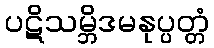
ပဋိသမ္ဘိဒမနုပ္ပတ္တံ